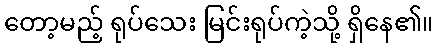
တော့မည့် ရုပ်သေး မြင်းရုပ်ကဲ့သို့ ရှိနေ၏။